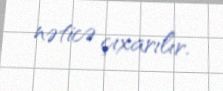
nəticə çıxarılır.